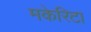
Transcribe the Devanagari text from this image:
मकेरिटा